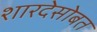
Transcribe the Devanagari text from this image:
शारदेसोबत